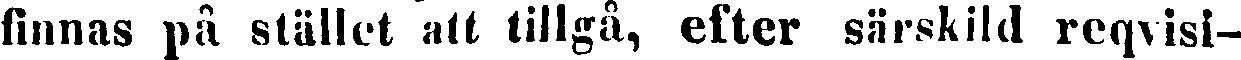
finnas på stället att tillgå, efter särskild reqvisi-